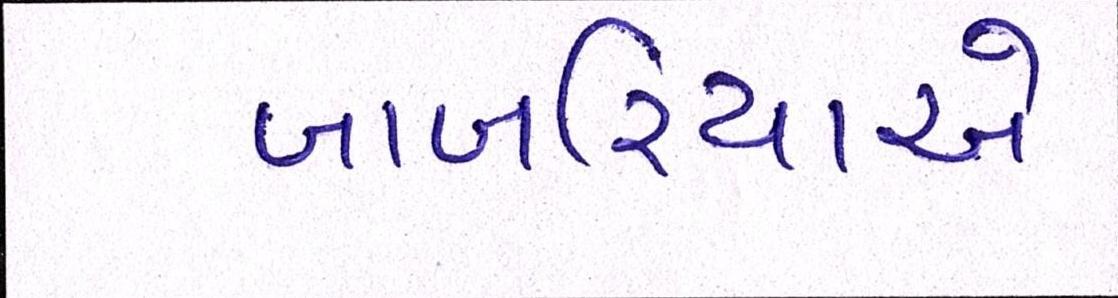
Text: બાબરિયાએ